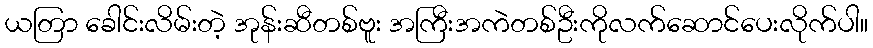
ယတြာ ခေါင်းလိမ်းတဲ့ အုန်းဆီတစ်ဗူး အကြီးအကဲတစ်ဦးကိုလက်ဆောင်ပေးလိုက်ပါ။